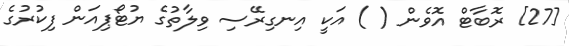
[27] ރޮބާޓް އޮވެން ( ) އަކީ އިނގިރޭސި ވިލާތުގެ ޔުޓޯޕިއަން ފިކުރުގެ